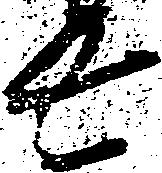
長